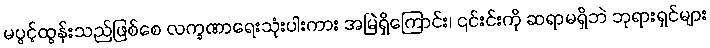
မပွင့်ထွန်းသည်ဖြစ်စေ လက္ခဏာရေးသုံးပါးကား အမြဲရှိကြောင်း၊ ၎င်းင်းကို ဆရာမရှိဘဲ ဘုရားရှင်များ